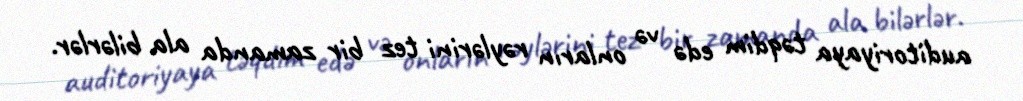
auditoriyaya təqdim edə və onların rəylərini tez bir zamanda ala bilərlər.